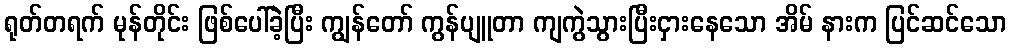
ရုတ်တရက် မုန်တိုင်း ဖြစ်ပေါ်ခဲ့ပြီး ကျွန်တော် ကွန်ပျူတာ ကျကွဲသွားပြီးငှားနေသော အိမ် နားက ပြင်ဆင်သော